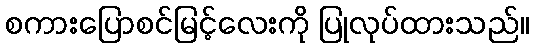
စကားပြောစင်မြင့်လေးကို ပြုလုပ်ထားသည်။